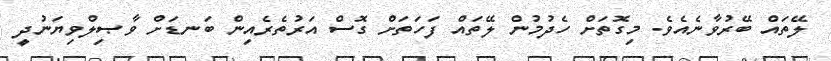
ލޭތައް ބޭރުވާނެއެވެ. މިގޮތަށް ހެދުމުން ލޭތައް ފަހަތަށް ގޮސް އަރުތެރެއިން ބަނޑަށް ވާޞިލްވިޔަނުދީ